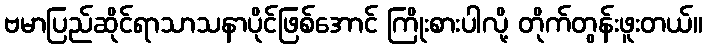
ဗမာပြည်ဆိုင်ရာသာသနာပိုင်ဖြစ်အောင် ကြိုးစားပါလို့ တိုက်တွန်းဖူးတယ်။